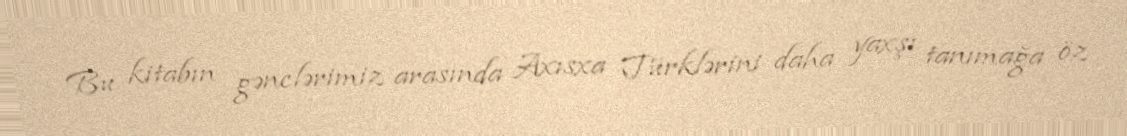
Bu kitabın gənclərimiz arasında Axısxa Türklərini daha yaxşı tanımağa öz